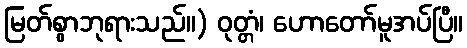
မြတ်စွာဘုရားသည်။) ဝုတ္တံ၊ ဟောတော်မူအပ်ပြီ။